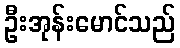
ဦးအုန်းမောင်သည်